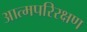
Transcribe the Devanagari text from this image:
आत्मपरिरक्षण